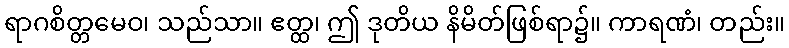
ရာဂစိတ္တမေဝ၊ သည်သာ။ ဧတ္ထ၊ ဤ ဒုတိယ နိမိတ်ဖြစ်ရာ၌။ ကာရဏံ၊ တည်း။